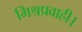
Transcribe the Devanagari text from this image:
मिश्रप्रवाही।